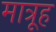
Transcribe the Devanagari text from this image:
मात्रूह